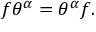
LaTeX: f \theta ^ { \alpha } = \theta ^ { \alpha } f .